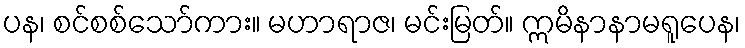
ပန၊ စင်စစ်သော်ကား။ မဟာရာဇ၊ မင်းမြတ်။ ဣမိနာနာမရူပေန၊